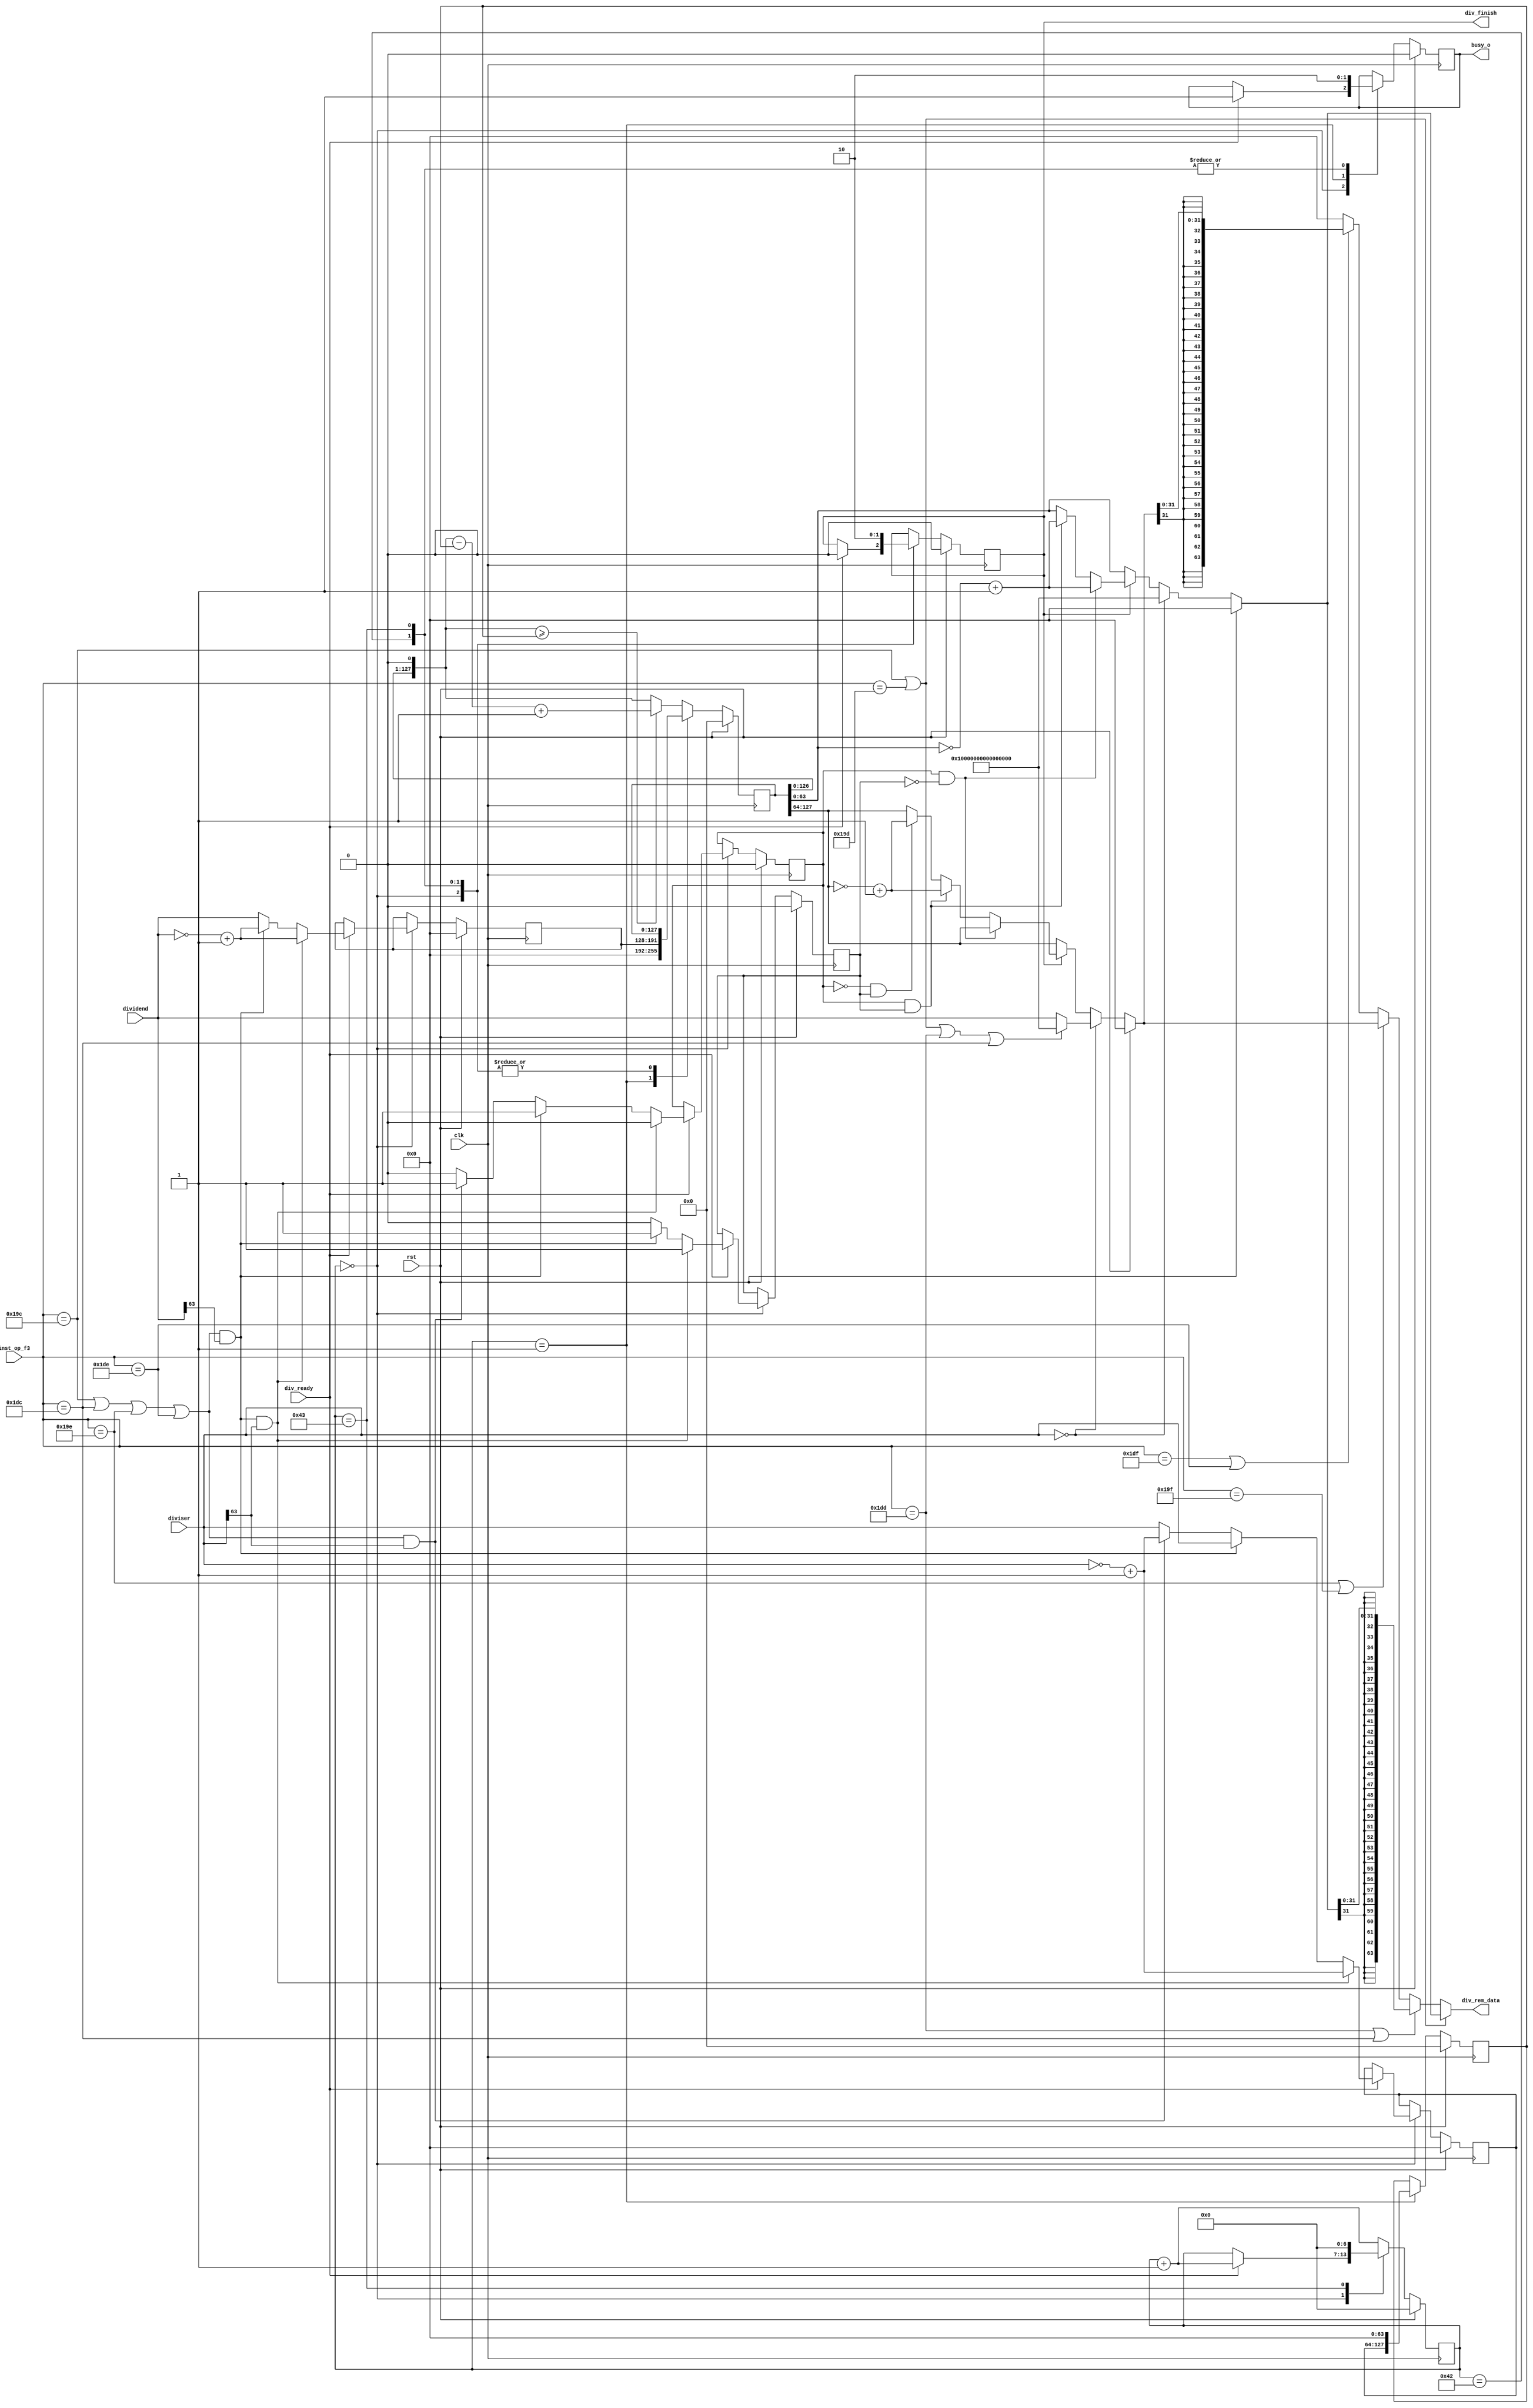
module Divider
(
	input  wire        clk         ,
	input  wire        rst         ,
	input  wire [63:0] diviser     ,
	input  wire [63:0] dividend    ,
	input  wire [9 :0] inst_op_f3  ,
	input  wire        div_ready   ,
	output wire [63:0] div_rem_data,
	output wire        div_finish  ,
	output reg         busy_o     
);
	
	parameter INST_DIV   = 10'b0110011100;
	parameter INST_DIVU  = 10'b0110011101;
	parameter INST_REM   = 10'b0110011110;
	parameter INST_REMU  = 10'b0110011111;
	parameter INST_DIVW  = 10'b0111011100;
	parameter INST_DIVUW = 10'b0111011101;
	parameter INST_REMW  = 10'b0111011110;
	parameter INST_REMUW = 10'b0111011111;
	
	reg [6 :0] counter   ;
	reg        sign      ;
	reg        sign_y    ;
	reg [63:0] dividend_t;
	reg [63:0] divider_t ;
	
	reg  [127:0] temp_a   ;
	reg  [127:0] temp_b   ;
	reg          finish   ;
	wire         sign_inst;
	
	assign sign_inst = (inst_op_f3 == INST_DIV) || (inst_op_f3 == INST_DIVW) || (inst_op_f3 == INST_REM) || (inst_op_f3 == INST_REMW);
	
	reg [63:0] yushu;
	reg [63:0] shang;

	always @(posedge clk)
		begin
			if(rst == 1'b1) begin
				counter    = 7'b0  ;
				dividend_t = 64'b0 ;
				divider_t  = 64'b0 ;
				temp_a     = 128'b0;
				temp_b     = 128'b0;
				finish     = 1'b0  ;
				sign       = 1'b0  ;
				sign_y     = 1'b0  ;
				busy_o     = 1'b0  ;
			end
			else begin
				case(counter)
					0:begin
						if(div_ready) begin
							counter = counter + 1;
							finish  = 1'b0       ;
							busy_o  = 1'b1       ;
							if(sign_inst && dividend[63] && diviser[63]) begin
								dividend_t = ~dividend + 1;
								divider_t  = ~diviser + 1 ;
								sign       = 1'b0         ;
								sign_y     = 1'b1         ;
							end
							else if(sign_inst && dividend[63]) begin
								dividend_t = ~dividend + 1;
								divider_t  = diviser      ;
								sign       = 1'b1         ;
								sign_y     = 1'b1         ;
							end
							else if(sign_inst && diviser[63]) begin
								divider_t  = ~diviser + 1;
								dividend_t = dividend    ;
								sign       = 1'b1        ;
								sign_y     = 1'b0        ;
							end
							else begin
								divider_t  = diviser ;
								dividend_t = dividend;
								sign       = 1'b0    ;
								sign_y     = 1'b0    ;
							end
						end
					end
					1:begin
						temp_a  = {64'b0, dividend_t};
						temp_b  = {divider_t, 64'b0 };
						counter = counter + 1        ;
						busy_o  = 1'b1               ;
					end
					66:begin
						finish  = 1'b1       ;
						counter = counter + 1;
						busy_o  = 1'b0       ;
					end
					67:begin
						counter = 7'b0;
						finish  = 1'b0;
						busy_o  = 1'b0;
					end
					default:begin
						counter = counter + 1;
						temp_a  = {temp_a[126:0], 1'b0};
						if(temp_a >= temp_b) begin
							temp_a = temp_a - temp_b + 1'b1;
						end
						else begin
							temp_a = temp_a;
						end
					end
				endcase
			end
		end
	
	always @(*)
		begin
			if(rst == 1'b1) begin
				yushu = 64'b0;
				shang = 64'b0;
			end
			else if(diviser == 64'd0) begin
				if((inst_op_f3 == INST_DIV) || (inst_op_f3 == INST_DIVU) || (inst_op_f3 == INST_DIVUW) || (inst_op_f3 == INST_DIVW)) begin
					shang = 64'hffff_ffff_ffff_ffff;
					yushu = 64'hffff_ffff_ffff_ffff;
				end
				else begin
					shang = 64'hffff_ffff_ffff_ffff;
					yushu = dividend               ;
				end
			end
			else if(finish) begin
				if(sign && (!sign_y)) begin
					yushu = temp_a[127:64]     ;
					shang = ~temp_a[63 : 0] + 1;
				end
				else if(sign && sign_y) begin
					yushu = ~temp_a[127:64] + 1;
					shang = ~temp_a[63 : 0] + 1;
				end
				else if((!sign) && (sign_y)) begin
					yushu = ~temp_a[127:64] + 1;
					shang = temp_a[63 : 0]     ;
				end
				else begin
					yushu = temp_a[127:64];
					shang = temp_a[63 : 0];
				end
			end
			else begin
				yushu = temp_a[127:64];
				shang = temp_a[63 : 0];
			end
		end
	
	assign div_finish = finish;
	assign div_rem_data = ((inst_op_f3 == INST_DIV) || (inst_op_f3 == INST_DIVU)) ? shang :
						  ((inst_op_f3 == INST_DIVUW) || (inst_op_f3 == INST_DIVW)) ? {{32{shang[31]}}, shang[31:0]} :
	                      ((inst_op_f3 == INST_REM) || (inst_op_f3 == INST_REMU)) ? yushu : 
						  ((inst_op_f3 == INST_REMUW) || (inst_op_f3 == INST_REMW)) ? {{32{yushu[31]}}, yushu[31:0]} : 64'b0;
	
endmodule